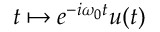
t \mapsto e ^ { - i \omega _ { 0 } t } u ( t )